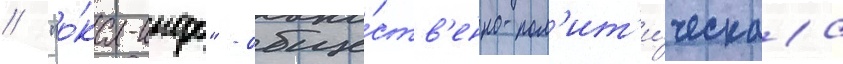
// "о́ка-инфо" - обще́ств'енно-пол'ит'и́ческаа